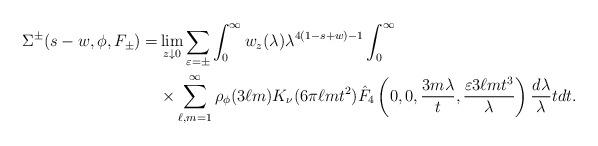
LaTeX: \begin{align*} \Sigma^{\pm}(s-w, \phi, F_{\pm})=&\lim_{z \downarrow 0} \sum_{\varepsilon = \pm } \int_0^\infty w_z(\lambda)\lambda^{4(1-s+w)-1} \int_0^\infty\\ &\times \sum_{\ell, m=1}^\infty \rho_\phi(3\ell m)K_\nu(6\pi \ell m t^2)\hat{F}_4\left(0,0, \frac{3m\lambda}{t}, \frac{\varepsilon 3\ell m t^3}{\lambda} \right)\frac{d\lambda}{\lambda} tdt.\end{align*}